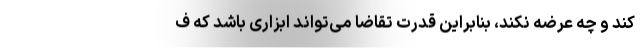
کند و چه عرضه نکند، بنابراین قدرت تقاضا می‌تواند ابزاری باشد که ف